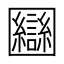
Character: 圝